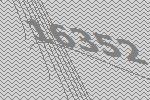
16352